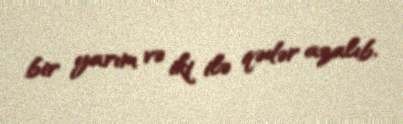
bir yarım və iki ilə qədər azalıb.